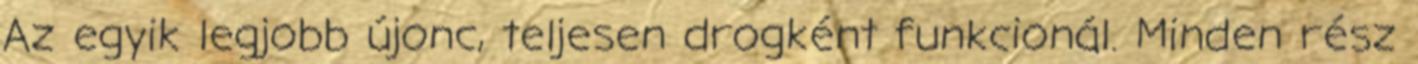
Az egyik legjobb újonc, teljesen drogként funkcionál. Minden rész